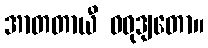
အာတတာယီ ဝဓုဒျတော။